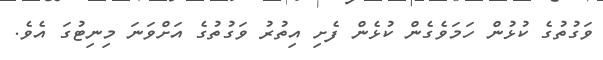
ވަގުތުގެ ކުޅުން ހަމަވެގެން ކުޅެން ފެށި އިތުރު ވަގުތުގެ އަށްވަނަ މިނިޓުގަ އެވެ.